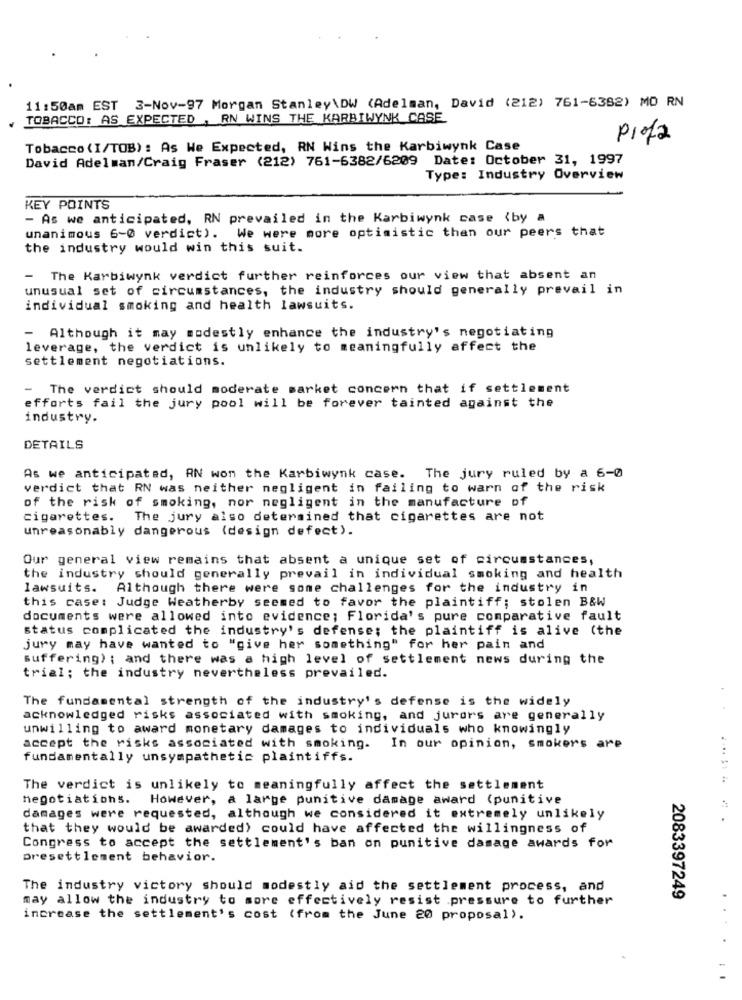
11:50am EST 3-Nov-97 Morgan Stanley\DW (Adelman, David (212) 761-6382) MO RN
TOBACCO: AS EXPECTED , RN WINS THE KARBIWYNK CASE
Prof2
Tobacco (I/TOB): As We Expected, RN Wins the Karbiwynk Case
David Adelman/Craig Fraser (212) 761-6382/6209 Date: October 31, 1997
Type: Industry Overview
KEY POINTS
- As we anticipated, RN prevailed in the Karbiwynk case (by a
unanimous 6-0 verdict). We were more optimistic than our peers that
the industry would win this suit.
- The Karbiwynk verdict further reinforces our view that absent an
unusual set of circumstances, the industry should generally prevail in
individual smoking and health lawsuits.
- Although it may modestly enhance the industry's negotiating
leverage, the verdict is unlikely to meaningfully affect the
settlement negotiations.
- The verdict should moderate market concern that if settlement
efforts fail the jury pool will be forever tainted against the
industry.
DETAILS
As we anticipated, AN won the Karbiwynk case. The jury ruled by a 6-0
verdict that RN was neither negligent in failing to warn of the risk
of the risk of smoking, nor negligent in the manufacture of
cigarettes.
The jury also determined that cigarettes are not
unreasonably dangerous (design defect).
Our general view remains that absent a unique set of circumstances,
the industry should generally prevail in individual smoking and health
lawsuits. Although there were some challenges for the industry in
this case: Judge Weatherby seemed to favor the plaintiff; stolen B&W
documents were allowed into evidence; Florida's pure comparative fault
status complicated the industry's defense; the plaintiff is alive (the
jury may have wanted to "give her something" for her pain and
suffering) ; and there was a high level of settlement news during the
trial; the industry nevertheless prevailed.
The fundamental strength of the industry's defense is the widely
acknowledged risks associated with smoking, and jurors are generally
unwilling to award monetary damages to individuals who knowingly
accept the risks associated with smoking. In our opinion, smokers are
fundamentally unsympathetic plaintiffs.
The verdict is unlikely to meaningfully affect the settlement
negotiations. However, a large punitive damage award (punitive
damages were requested, although we considered it extremely unlikely
that they would be awarded) could have affected the willingness of
Congress to accept the settlement's ban on punitive damage awards for
presettlement behavior.
The industry victory should modestly aid the settlement process, and
may allow the industry to sore effectively resist pressure to further
2083397249
increase the settlement's cost (from the June 20 proposal).